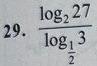
\[ 29.\ \frac{\log_2 27}{\log_{\frac{1}{2}} \frac{1}{3}} \]